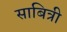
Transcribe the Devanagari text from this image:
साबित्री